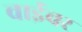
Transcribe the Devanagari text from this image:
वाईवर